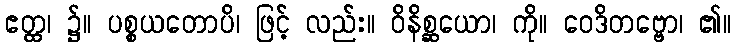
ဧတ္ထ၊ ၌။ ပစ္စယတောပိ၊ ဖြင့် လည်း။ ဝိနိစ္ဆယော၊ ကို။ ဝေဒိတဗ္ဗော၊ ၏။